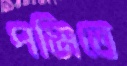
পঞ্জিতে